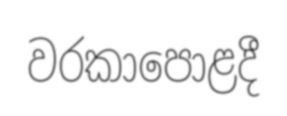
වරකාපොළදී